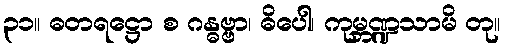
၃၁။ ဓတရဋ္ဌော စ ဂန္ဓဗ္ဗာ၊ ဓိပေါ၊ ကုမ္ဘဏ္ဍသာမိ တု။